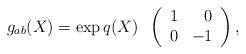
LaTeX: \begin{align*}g_{ab}(X) = \exp{q(X)}\;\;\left( \begin{array}{cr} 1 & 0 \\ 0 & -1 \end{array} \right),\end{align*}